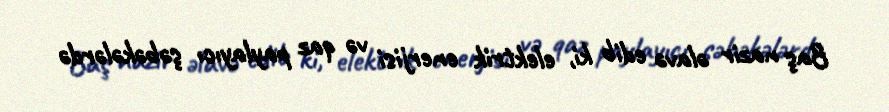
Baş nazir əlavə edib ki, elektrik enerjisi və qaz paylayıcı şəbəkələrdə